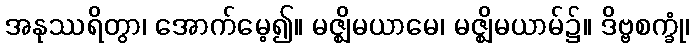
အနုဿရိတွာ၊ အောက်မေ့၍။ မဇ္ဈိမယာမေ၊ မဇ္ဈိမယာမ်၌။ ဒိဗ္ဗစက္ခုံ၊